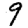
Digit: 9